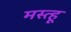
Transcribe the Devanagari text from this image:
मस्त्हू